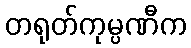
တရုတ်ကုမ္ပဏီက